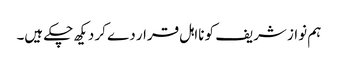
ہم نواز شریف کو نااہل قرار دے کر دیکھ چکے ہیں۔